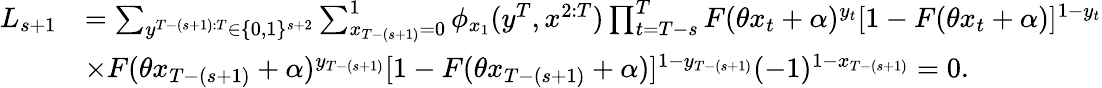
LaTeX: \begin{array}{rl}{L_{s+1}}&{=\sum_{y^{T-(s+1):T}\in\{ 0,1\} ^{s+2}}\sum_{x_{T-(s+1)}=0}^{1}\phi_{x_{1}}(y^{T},x^{2:T})\prod_{t=T-s}^{T}F(\theta x_{t}+\alpha)^{y_{t}}[1-F(\theta x_{t}+\alpha)]^{1-y_{t}}}\\ &{\times F(\theta x_{T-(s+1)}+\alpha)^{y_{T-(s+1)}}[1-F(\theta x_{T-(s+1)}+\alpha)]^{1-y_{T-(s+1)}}(-1)^{1-x_{T-(s+1)}}=0.}\end{array}